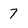
Character: 7